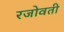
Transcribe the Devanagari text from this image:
रजोवती